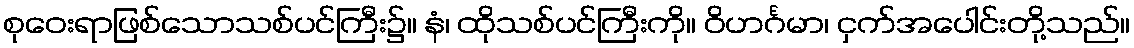
စုဝေးရာဖြစ်သောသစ်ပင်ကြီး၌။ နံ၊ ထိုသစ်ပင်ကြီးကို။ ဝိဟင်္ဂမာ၊ ငှက်အပေါင်းတို့သည်။